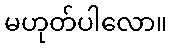
မဟုတ်ပါလော။